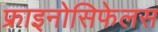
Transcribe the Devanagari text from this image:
फ्राइनोसिफेलस